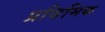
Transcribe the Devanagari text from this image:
प्रथिमिक